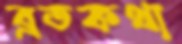
ব্রতকথা